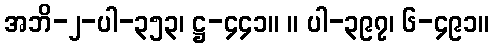
အဘိ-၂-ပါ-၃၅၃၊ ဋ္ဌ-၄၄၁။ ။ ပါ-၃၉၇၊ ၆-၄၉၁။